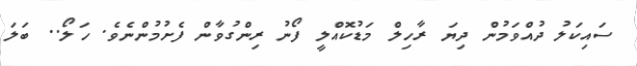
ސައިކަލު ދުއްވަމުން ދިޔަ ރާހިލް މަޑުކޮއްލީ ފޯނު ރިންގުވާން ފެށުމުންނެވެ. ހަލޯ.. ބަލަ